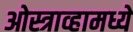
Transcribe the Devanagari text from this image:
ओस्त्राव्हामध्ये